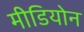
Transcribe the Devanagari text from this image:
मीडियोन